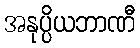
အနုပ္ပိယဘာဏီ